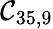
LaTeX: \mathcal{C}_{35,9}